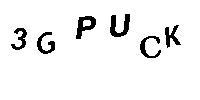
3GPUCK